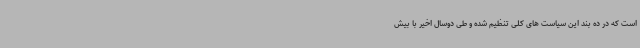
است که در ده بند این سیاست های کلی تنظیم شده و طی دوسال اخیر با بیش